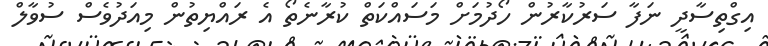
އިގްތިސާދީ ނަފާ ސަރުކާރުން ހޯދުމަށް މަސައްކަތް ކުރާނެތޯ އެ ރައްޔިތުން މިއަދުވެސް ސުވާލް